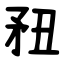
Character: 䂇